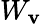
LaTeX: W_{\mathbf{v}}